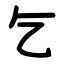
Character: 乞